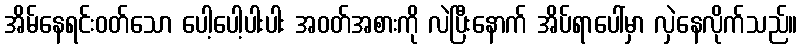
အိမ်နေရင်းဝတ်သော ပေါ့ပေါ့ပါးပါး အဝတ်အစားကို လဲပြီးနောက် အိပ်ရာပေါ်မှာ လှဲနေလိုက်သည်။